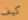
كيف